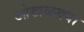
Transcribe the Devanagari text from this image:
ओखळक्या